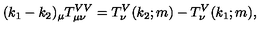
( k _ { 1 } - k _ { 2 } ) _ { \mu } T _ { \mu \nu } ^ { V V } = T _ { \nu } ^ { V } ( k _ { 2 } ; m ) - T _ { \nu } ^ { V } ( k _ { 1 } ; m ) ,